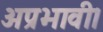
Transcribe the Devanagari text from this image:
अप्रभावी।